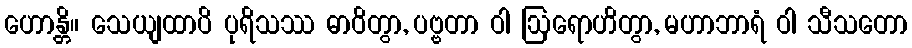
ဟောန္တိ။ သေယျထာပိ ပုရိသဿ ဓာဝိတွာ, ပဗ္ဗတာ ဝါ ဩရောဟိတွာ, မဟာဘာရံ ဝါ သီသတော